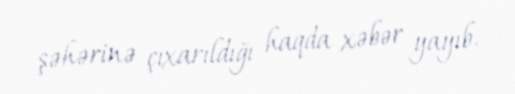
şəhərinə çıxarıldığı haqda xəbər yayıb.